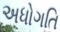
અધોગતિ